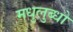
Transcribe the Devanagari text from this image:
मधुलुब्धो